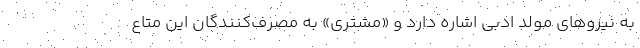
به نیروهای مولّدِ ادبی اشاره دارد و «مشتری» به مصرف‌کنندگان این متاعِ